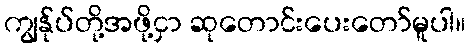
ကျွန်ုပ်တို့အဖို့ငှာ ဆုတောင်းပေးတော်မူပါ။